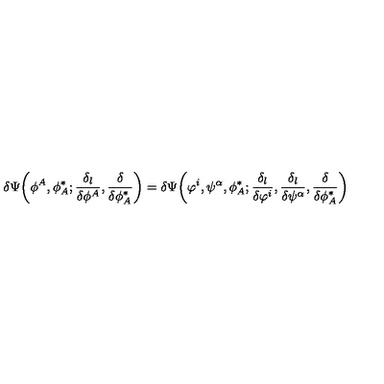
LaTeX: \delta \Psi \bigg ( \phi ^ { A } , \phi _ { A } ^ { * } ; \frac { \delta _ { l } } { \delta \phi ^ { A } } , \frac { \delta } { \delta \phi _ { A } ^ { * } } \bigg ) = \delta \Psi \bigg ( \varphi ^ { i } , \psi ^ { \alpha } , \phi _ { A } ^ { * } ; \frac { \delta _ { l } } { \delta \varphi ^ { i } } , \frac { \delta _ { l } } { \delta \psi ^ { \alpha } } , \frac { \delta } { \delta \phi _ { A } ^ { * } } \bigg )